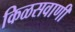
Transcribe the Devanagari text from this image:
किळसवाणी